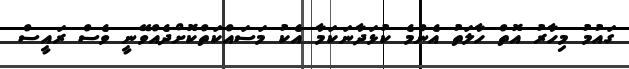
ގައުމު މިހާރު އޮތް ހާލަތު އެންމެ ކުޅަދާނަކަމާ އެކު މަސައްކަތްކޮށްދެއްވޭނީ ވެސް ރައީސް